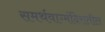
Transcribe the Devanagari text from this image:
समर्थवाग्मंदिरातील